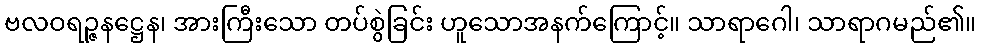
ဗလဝရဉ္ဇနဋ္ဌေန၊ အားကြီးသော တပ်စွဲခြင်း ဟူသောအနက်ကြောင့်။ သာရာဂေါ၊ သာရာဂမည်၏။